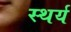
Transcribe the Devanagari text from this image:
स्थर्य